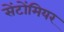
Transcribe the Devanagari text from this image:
सेंटोंमियर